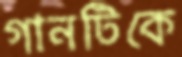
গানটিকে